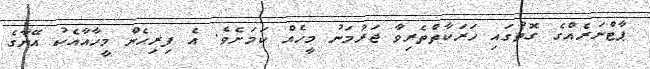
ޕާޓްނަރެއްގެ ގޮތުގައި ހަރަކާތްތެރިވާ ޖަރުމަނު މީހެއް ކަމަށެވެ. އެ ފިރިހެން މީހާއާއެކު އޭނާގެ